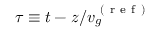
\tau \equiv t - z / v _ { g } ^ { \mathrm { ~ ( ~ r ~ e ~ f ~ ) ~ } }